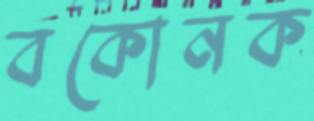
বকোনক